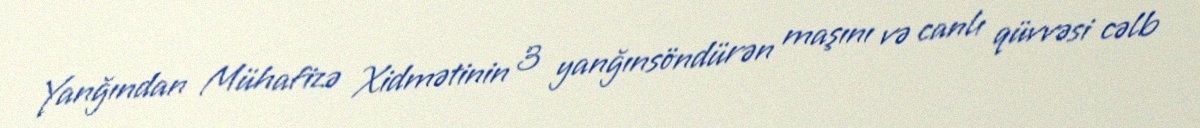
Yanğından Mühafizə Xidmətinin 3 yanğınsöndürən maşını və canlı qüvvəsi cəlb